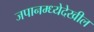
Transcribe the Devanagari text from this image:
जपानम्ध्येदेखील